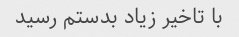
با تاخیر زیاد بدستم رسید